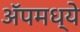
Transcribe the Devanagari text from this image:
ॲपमध्ये